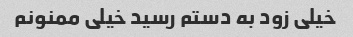
خیلی زود به دستم رسید خیلی ممنونم